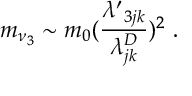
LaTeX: m _ { \nu _ { 3 } } \sim m _ { 0 } ( { \frac { { \lambda ^ { \prime } } _ { 3 j k } } { \lambda _ { j k } ^ { D } } } ) ^ { 2 } \ .